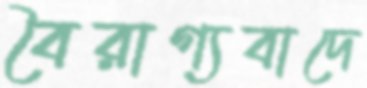
বৈরাগ্যবাদে